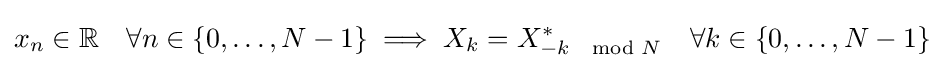
x_{n}\in \mathbb {R} \quad \forall n\in \{0,\ldots ,N-1\}\implies X_{k}=X_{-k\mod N}^{*}\quad \forall k\in \{0,\ldots ,N-1\}